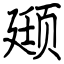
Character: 颋